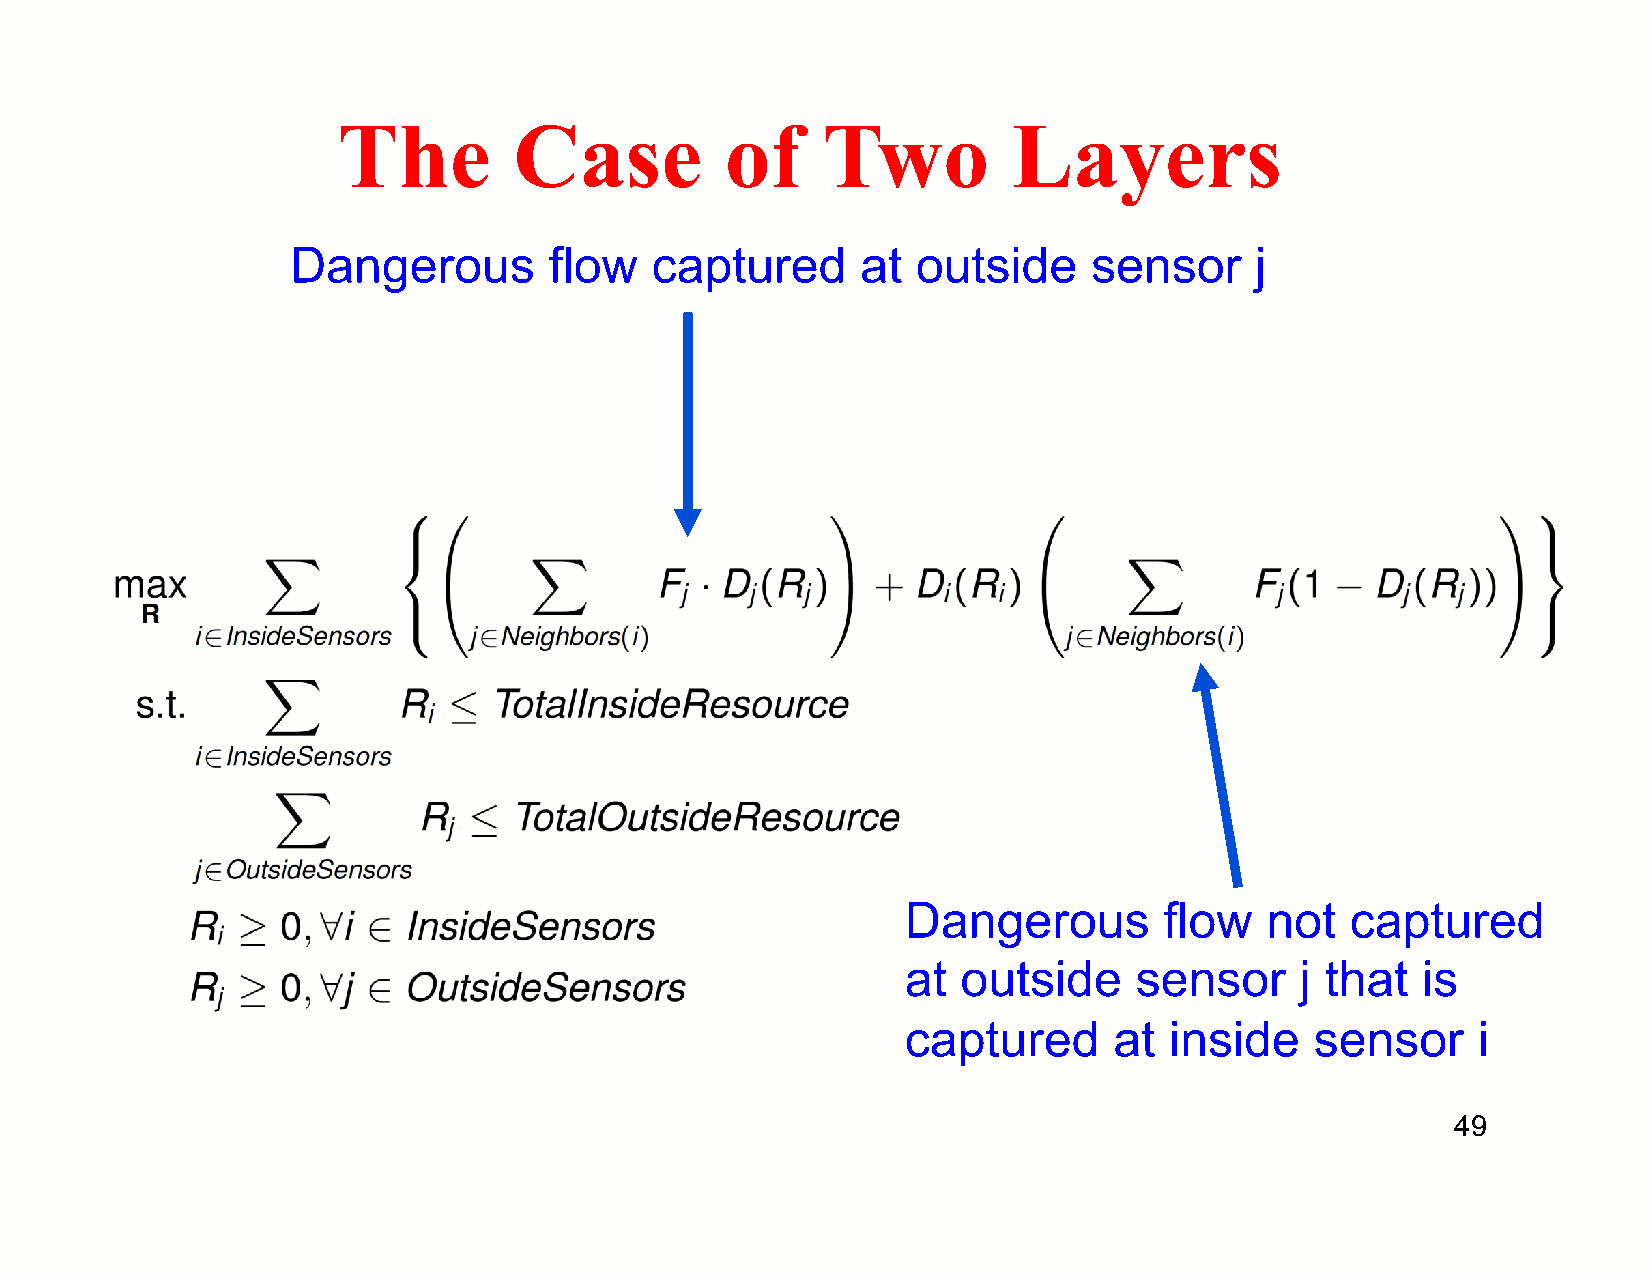
The         Case          of    Two          Layers
 Dangerous        flow   captured      at  outside    sensor     j
 Dangerous        flow   not  captured
 at  outside    sensor     j that  is
 captured      at inside    sensor     i
 49